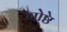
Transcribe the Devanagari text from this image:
गोष्ठे